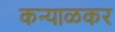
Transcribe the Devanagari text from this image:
कन्याळकर